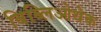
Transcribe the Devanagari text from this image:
बिब्लिओथेक